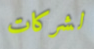
لشركات